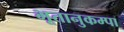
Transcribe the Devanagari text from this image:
भूतानुकम्पा